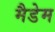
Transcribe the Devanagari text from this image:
मैडेम